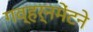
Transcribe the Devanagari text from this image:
गव्हर्नमेंटने